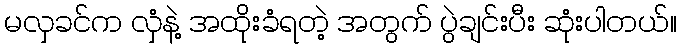
မလှခင်က လှံနဲ့ အထိုးခံရတဲ့ အတွက် ပွဲချင်းပီး ဆုံးပါတယ်။